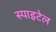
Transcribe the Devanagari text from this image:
स्पाइटेल